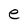
Character: e